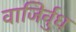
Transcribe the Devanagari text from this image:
वाजिर्वुध